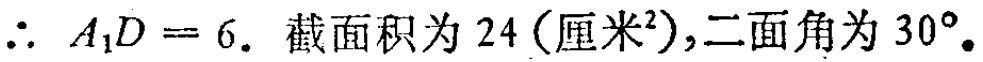
\(\therefore A_{1}D = 6.\ 截面积为\ 24(厘米^{2}),二面角为\ 30^{\circ}.\)